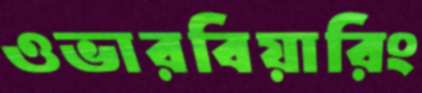
ওভারবিয়ারিং